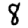
Digit: 8